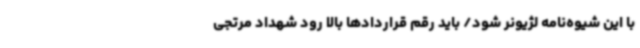
با این شیوه‌نامه لژیونر شود/ باید رقم قراردادها بالا رود شهداد مرتجی